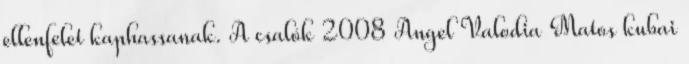
ellenfelet kaphassanak. A csalók 2008 Angel Valodia Matos kubai